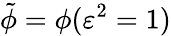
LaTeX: \tilde{\phi}=\phi(\varepsilon^{2}=1)